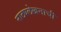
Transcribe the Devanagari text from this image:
नाट्यलेखनाची